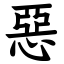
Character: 惡